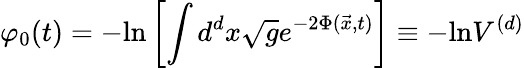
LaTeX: \varphi_{0}(t)=-\mathrm{ln}\left[\int d^{d}x\sqrt{g}e^{-2\Phi({\vec{x}},t)}\right]\equiv-\mathrm{ln}V^{(d)}